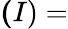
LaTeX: \mathbf{(}I)=